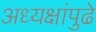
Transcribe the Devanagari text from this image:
अध्यक्षांपुढे